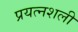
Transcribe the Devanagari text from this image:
प्रयत्नशली